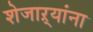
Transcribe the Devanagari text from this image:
शेजाऱ्यांना